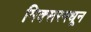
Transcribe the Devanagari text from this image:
मिक्सरमधून